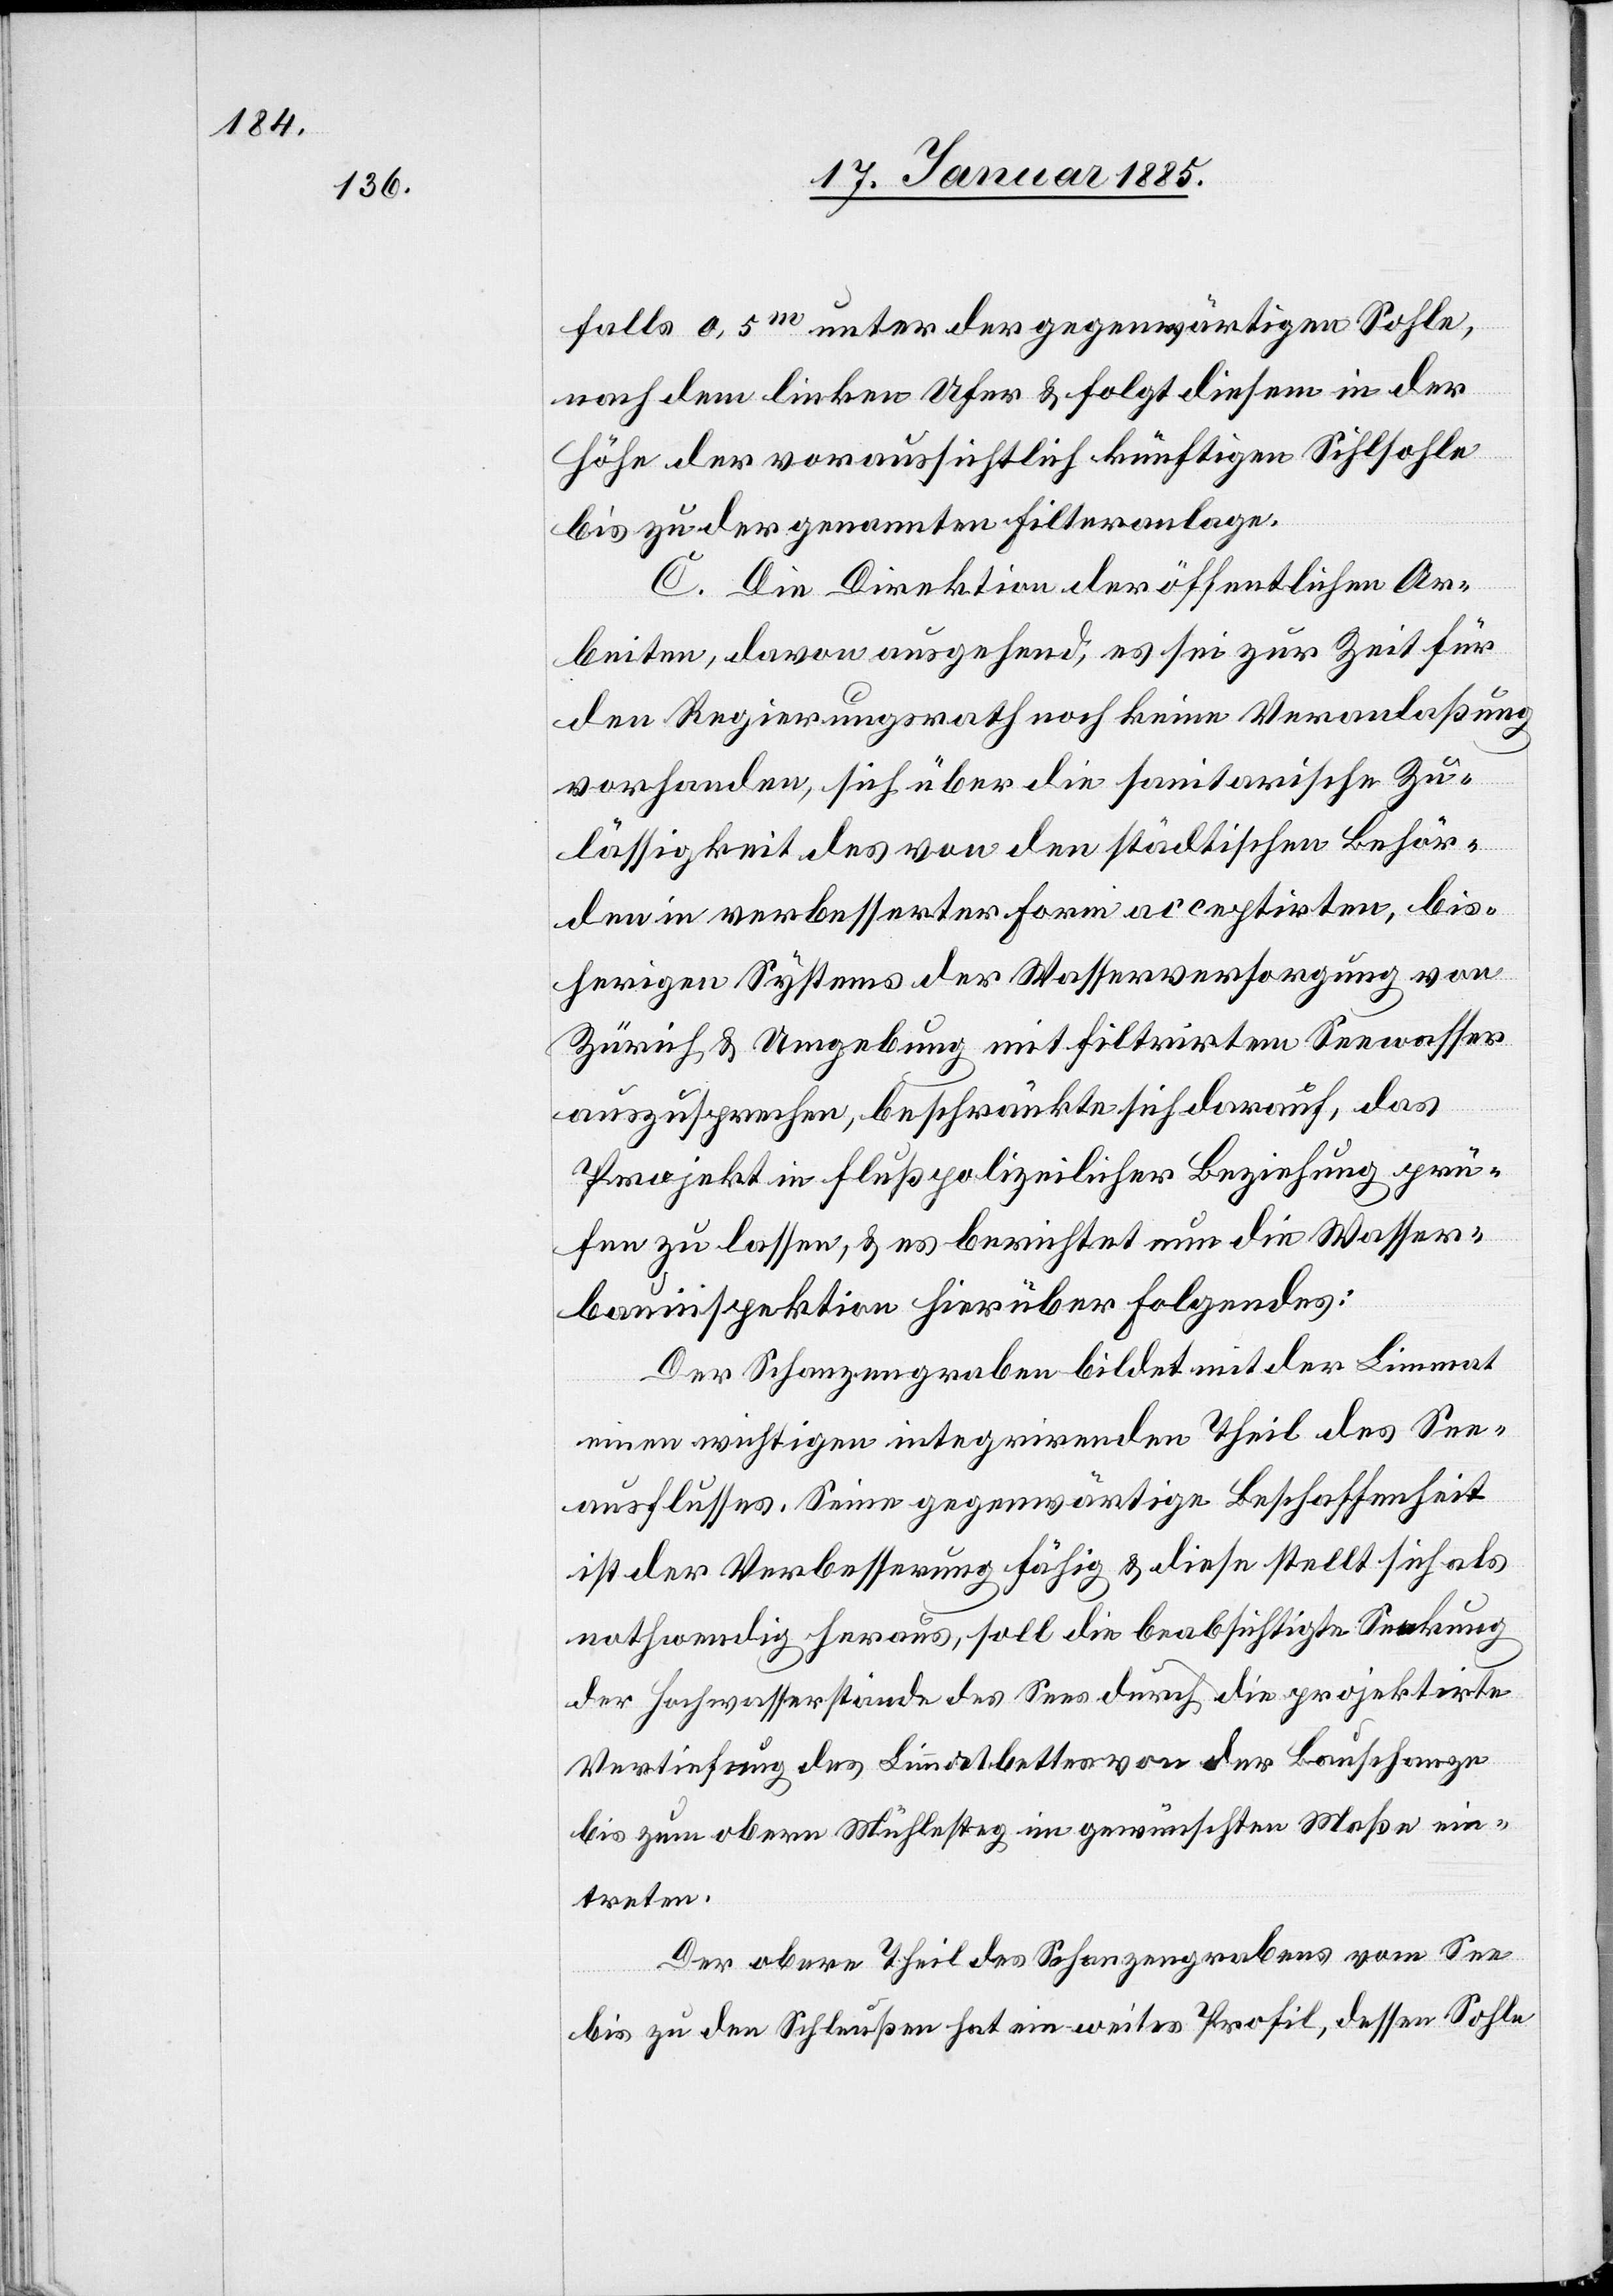
falls 0,5 m unter der gegenwärtigen Sohle,
nach dem linken Ufer & folgt diesem in der
Höhe der voraussichtlich künftigen Sihlsohle
bis zu der genannten Filteranlage.
C. Die Direktion der öffentlichen Ar¬
beiten, davon ausgehend, es sei zur Zeit für
den Regierungsrath noch keine Veranlaßung
vorhanden, sich über die Sanitarische Zu¬
lässigkeit des von den städtischen Behör¬
den in verbesserter Form acceptirten, bis¬
herigen Systems der Wasserversorgung von
Zürich & Umgebung mit filtrirtem Seewasser
auszusprechen, beschränkte sich darauf, das
Projekt in flußpolizeilicher Beziehung prü¬
fen zu lassen, & es berichtet nun die Wasser¬
bauinspektion hierüber folgendes:
Der Schanzengraben bildet mit der Limmat
einen wichtigen integrirenden Theil des See¬
ausflusses. Seine gegenwärtige Beschaffenheit
ist der Verbesserung fähig & dieses stellt sich als
nothwendig heraus, soll die beabsichtigte Senkung
der Hochwasserstände des Sees durch die projektirte
Vertiefung des Limmatbettes von der Bauschanze
bis zum obern Mühlesteg im gewünschten Maße ein¬
treten.
Der obere Theil des Schanzengrabens vom See
bis zu den Schleußen hat ein weites Profil, dessen Sohle